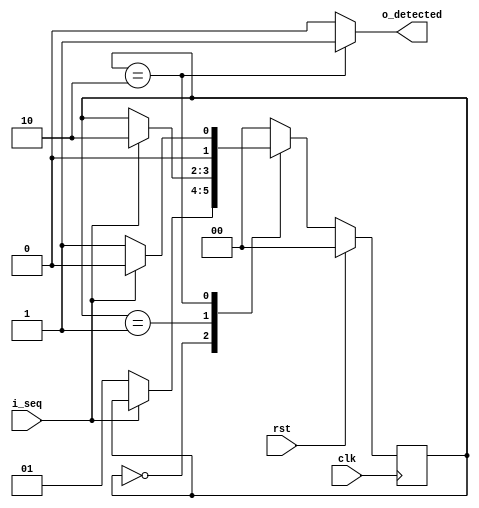
module detect_01_fsm(
    rst,
    clk,
    i_seq,
    o_detected                  
);
    input rst;
    input clk;
    input i_seq;
    output reg o_detected;

    parameter S_IDLE=0, S_DETECT_0=1, S_DETECT_01=2;
    reg [1:0] current_state, next_state;

    always @(*) 
    begin
        next_state <= current_state;
        case (current_state)
            S_IDLE :
                if (i_seq == 1'b0)
                    next_state <= S_DETECT_0;
            S_DETECT_0 :
                if (i_seq == 1'b1)
                    next_state <= S_DETECT_01;
            S_DETECT_01 : 
                if (i_seq == 1'b0) 
                    next_state <= S_DETECT_0;
                else
                    next_state <= S_IDLE;
            default :
                next_state <= S_IDLE;
        endcase
    end

    always @(posedge clk)
    begin
        if (rst)
            current_state <= S_IDLE;
        else
            current_state <= next_state;
    end

    always @(*)
    begin
        case(current_state)
            S_IDLE:
                o_detected <= 1'b0;
            S_DETECT_0:
                o_detected <= 1'b0;
            S_DETECT_01:
                o_detected <= 1'b1;
            default:
                o_detected <= 1'b0;
        endcase
    end
endmodule